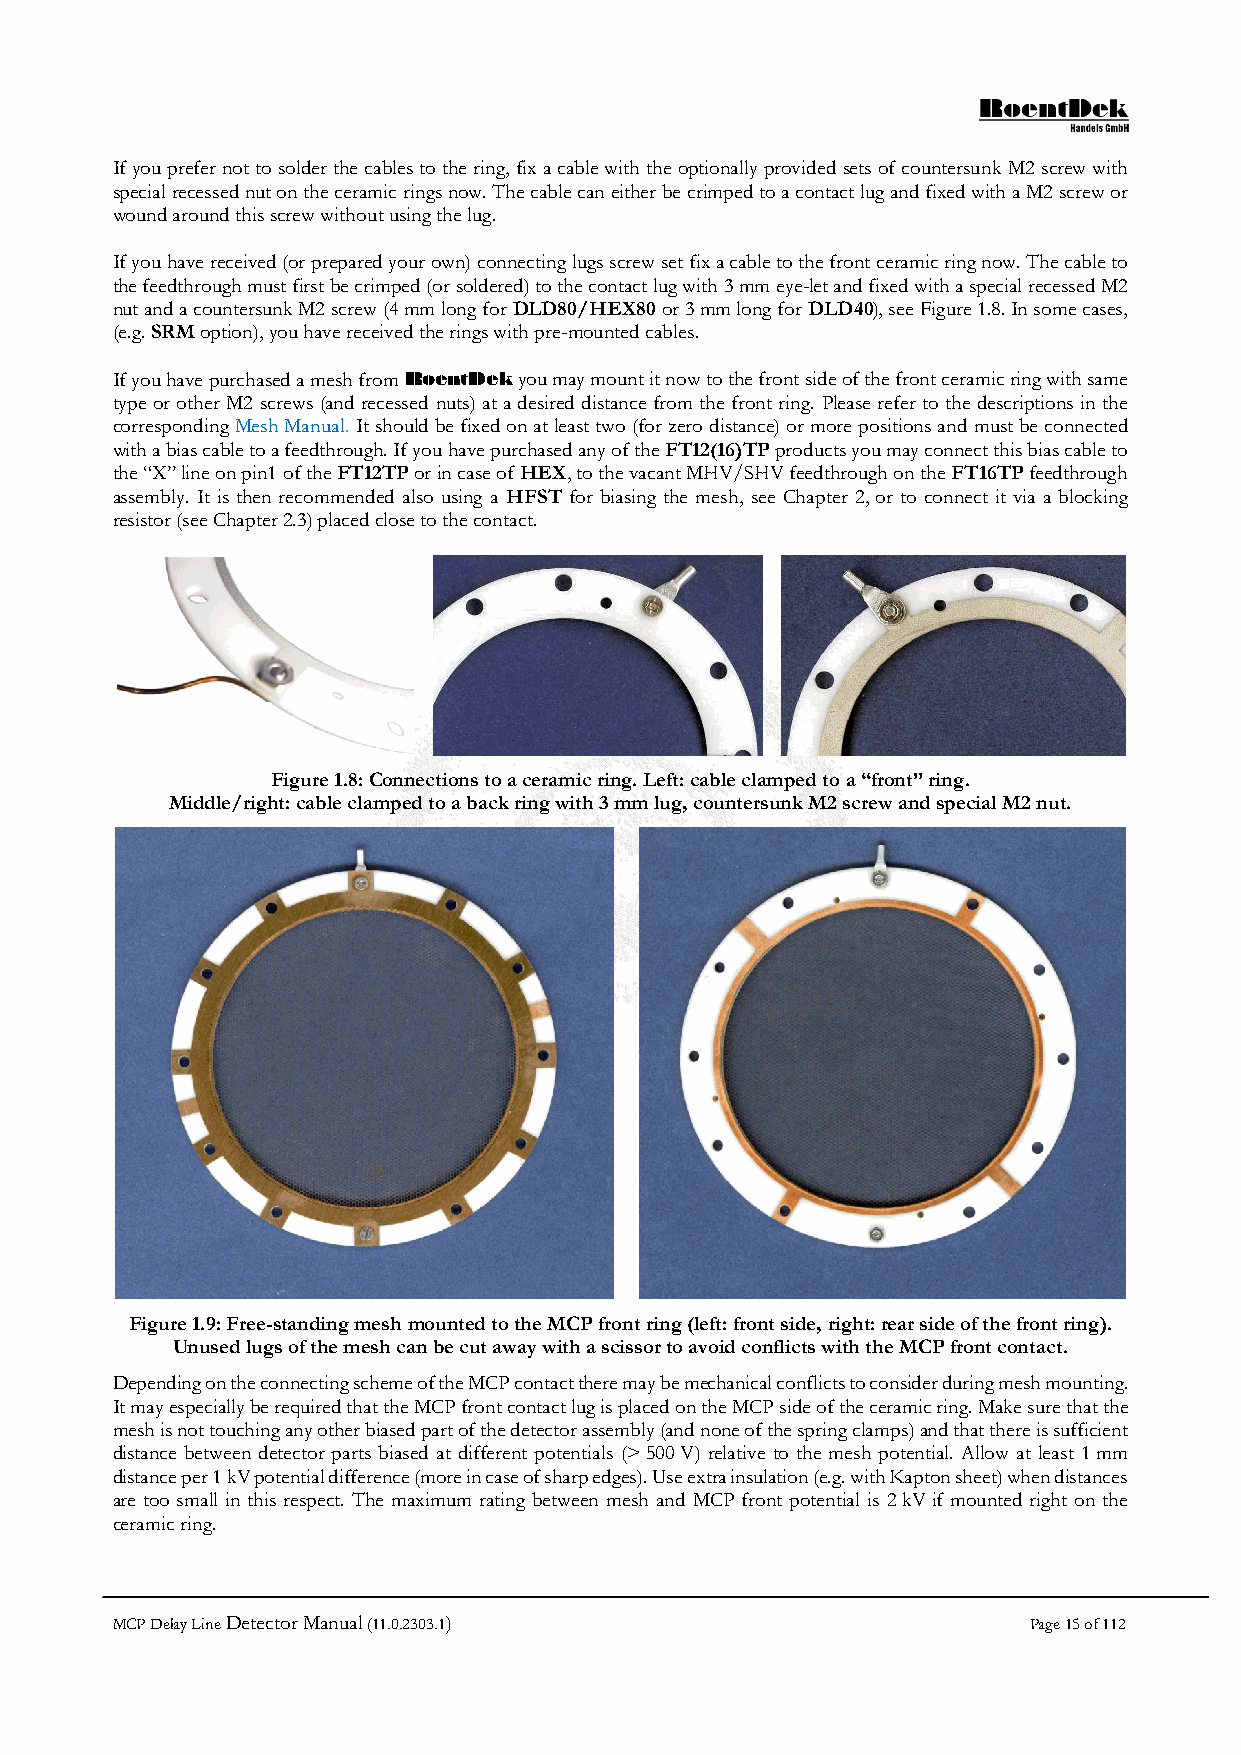
If you prefer not to solder the cables to the ring, fix a cable with the optionally provided sets of countersunk M2 screw with
 special recessed nut on the ceramic rings now. The cable can either be crimped to a contact lug and fixed with a M2 screw or
 wound around this screw without using the lug.
 If you have received (or prepared your own) connecting lugs screw set fix a cable to the front ceramic ring now. The cable to
 the feedthrough must first be crimped (or soldered) to the contact lug with 3 mm eye-let and fixed with a special recessed M2
 nut and a countersunk M2 screw (4 mm long for DLD80/HEX80 or 3 mm long for DLD40), see Figure 1.8. In some cases,
 (e.g. SRM option), you have received the rings with pre-mounted cables.
 If you have purchased a mesh from RoentDek you may mount it now to the front side of the front ceramic ring with same
 type or other M2 screws (and recessed nuts) at a desired distance from the front ring. Please refer to the descriptions in the
 corresponding Mesh Manual. It should be fixed on at least two (for zero distance) or more positions and must be connected
 with a bias cable to a feedthrough. If you have purchased any of the FT12(16)TP products you may connect this bias cable to
 the “X” line on pin1 of the FT12TP or in case of HEX, to the vacant MHV/SHV feedthrough on the FT16TP feedthrough
 assembly. It is then recommended also using a HFST for biasing the mesh, see Chapter 2, or to connect it via a blocking
 resistor (see Chapter 2.3) placed close to the contact.
 Figure 1.8: Connections to a ceramic ring. Left: cable clamped to a “front” ring.
 Middle/right: cable clamped to a back ring with 3 mm lug, countersunk M2 screw and special M2 nut.
 Figure 1.9: Free-standing mesh mounted to the MCP front ring (left: front side, right: rear side of the front ring).
 Unused lugs of the mesh can be cut away with a scissor to avoid conflicts with the MCP front contact.
 Depending on the connecting scheme of the MCP contact there may be mechanical conflicts to consider during mesh mounting.
 It may especially be required that the MCP front contact lug is placed on the MCP side of the ceramic ring. Make sure that the
 mesh is not touching any other biased part of the detector assembly (and none of the spring clamps) and that there is sufficient
 distance between detector parts biased at different potentials (> 500 V) relative to the mesh potential. Allow at least 1 mm
 distance per 1 kV potential difference (more in case of sharp edges). Use extra insulation (e.g. with Kapton sheet) when distances
 are too small in this respect. The maximum rating between mesh and MCP front potential is 2 kV if mounted right on the
 ceramic ring.
 MCP Delay Line Detector Manual (11.0.2303.1)                 Page 15 of 112